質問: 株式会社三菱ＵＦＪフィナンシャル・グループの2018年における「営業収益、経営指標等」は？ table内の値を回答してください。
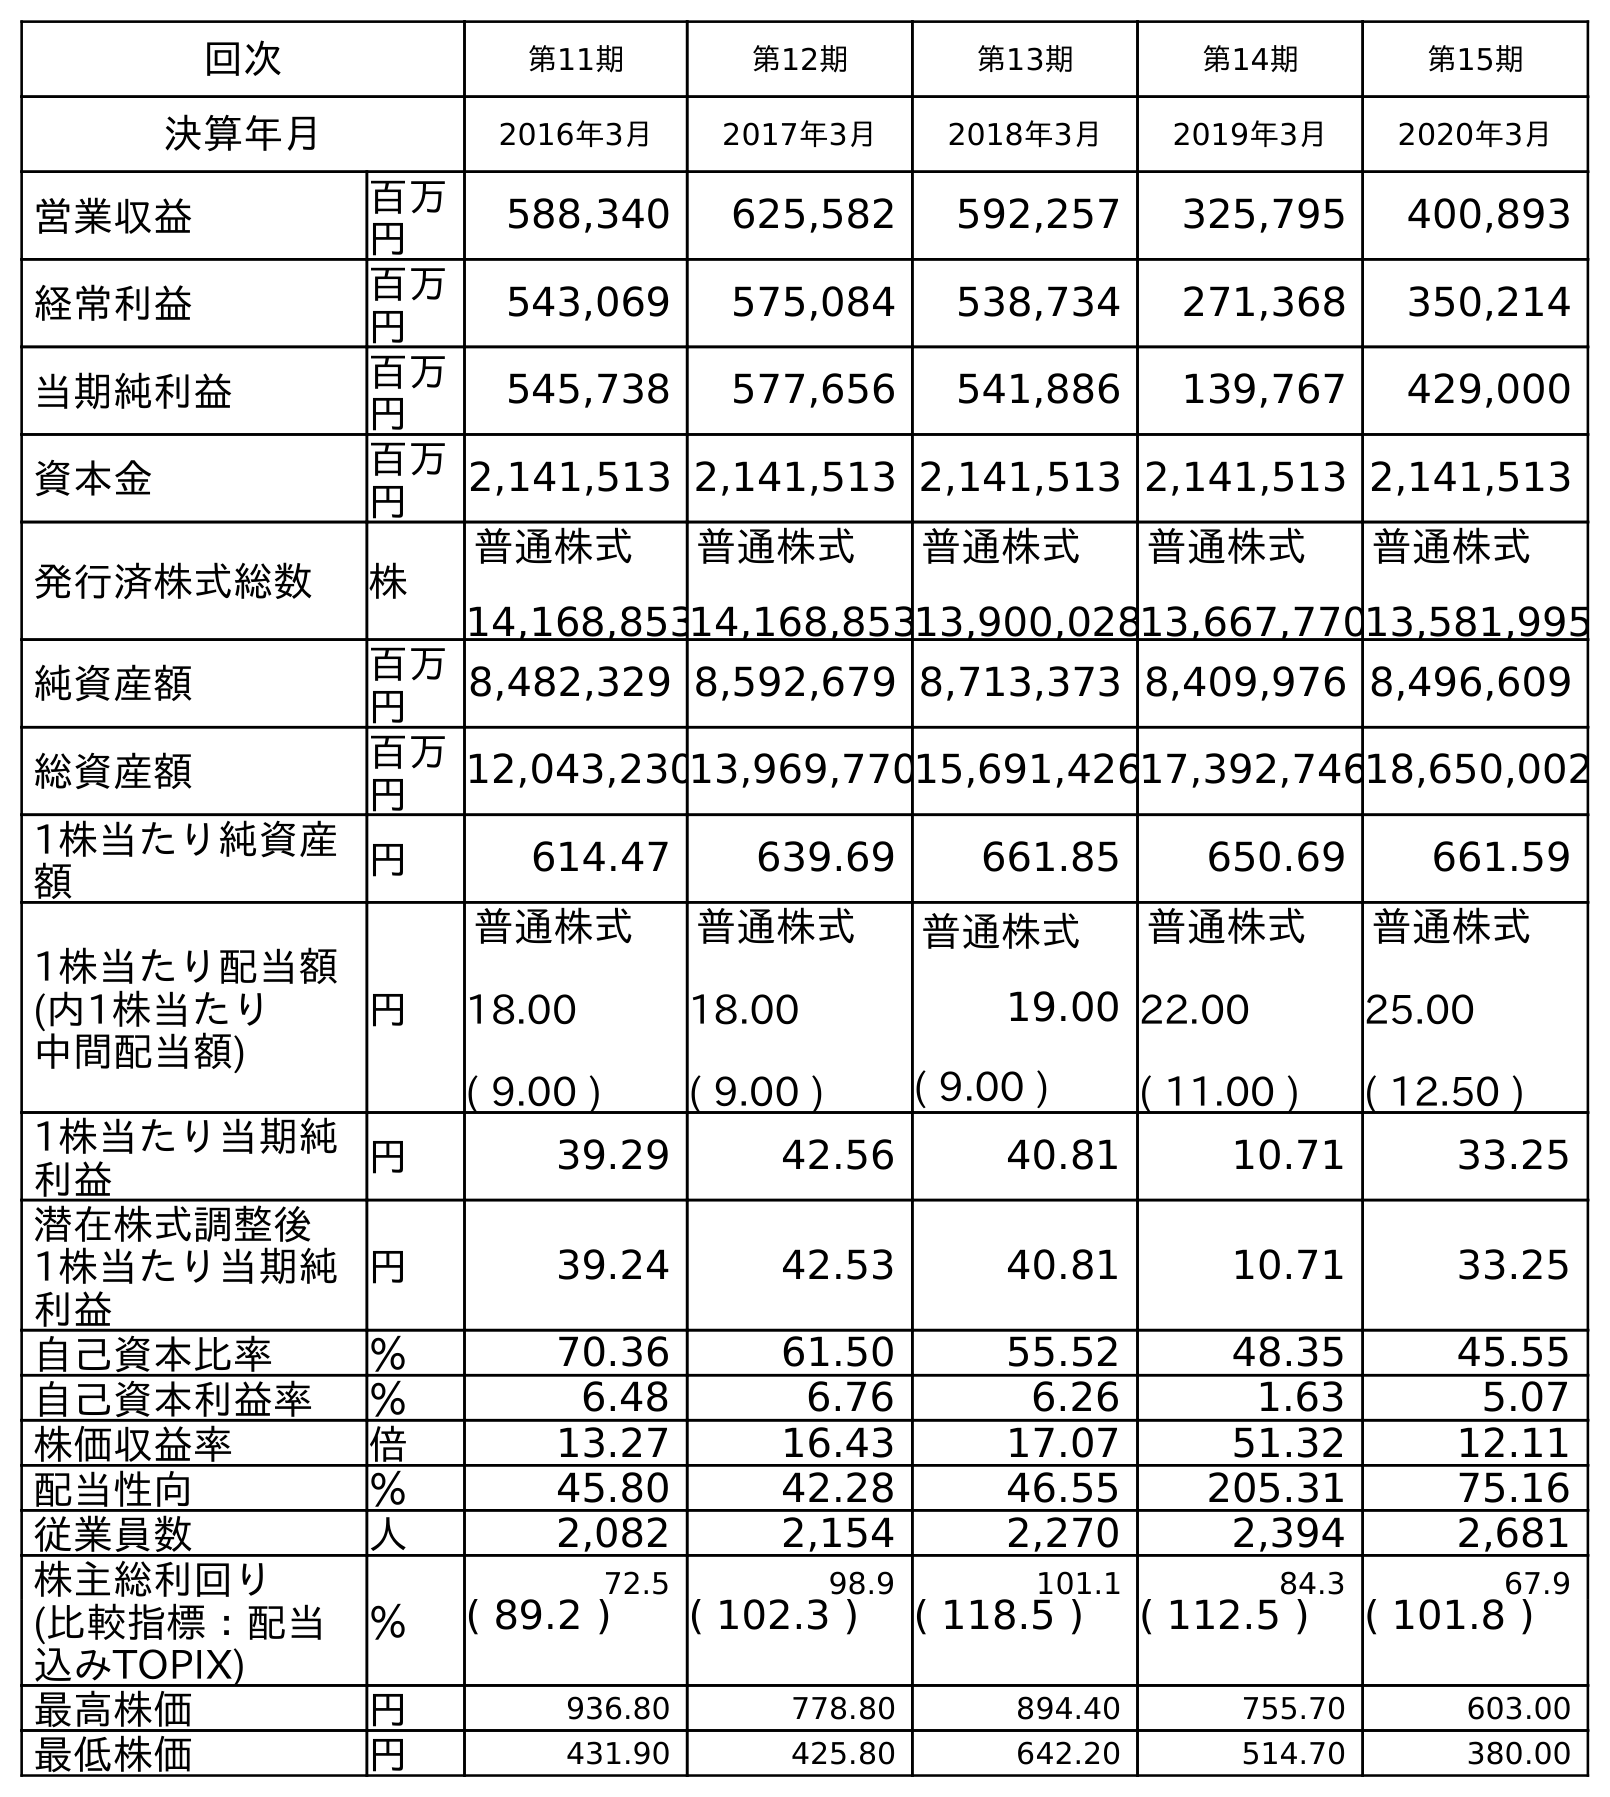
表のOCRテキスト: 回次 第11期 第12期 第13期 第14期 第15期 決算年月 2016年3月 2017年3月 2018年3月 2019年3月 2020年3月 営業収益 百万 円 588,340 625,582 592,257 325,795 400,893 経常利益 百万 円 543,069 575,084 538,734 271,368 350,214 当期純利益 百万 円 545,738 577,656 541,886 139,767 429,000 資本金 百万 円 2,141,513 2,141,513 2,141,513 2,141,513 2,141,513 発行済株式総数 株 普通株式 14,168,853 普通株式 14,168,853 普通株式 13,900,028 普通株式 13,667,770 普通株式 13,581,995 純資産額 百万 円 8,482,329 8,592,679 8,713,373 8,409,976 8,496,609 総資産額 百万 円 12,043,23013,969,77015,691,42617,392,74618,650,002 1株当たり純資産 額 円 614.47 639.69 661.85 650.69 661.59 1株当たり配当額 (内1株当たり 中間配当額) 円 普通株式 18.00 ( 9.00 ) 普通株式 18.00 ( 9.00 ) 普通株式 19.00 ( 9.00 ) 普通株式 22.00 ( 11.00 ) 普通株式 25.00 ( 12.50 ) 1株当たり当期純 利益 円 39.29 42.56 40.81 10.71 33.25 潜在株式調整後 1株当たり当期純 利益 円 39.24 42.53 40.81 10.71 33.25 自己資本比率 ％ 70.36 61.50 55.52 48.35 45.55 自己資本利益率 ％ 6.48 6.76 6.26 1.63 5.07 株価収益率 倍 13.27 16.43 17.07 51.32 12.11 配当性向 ％ 45.80 42.28 46.55 205.31 75.16 従業員数 人 2,082 2,154 2,270 2,394 2,681 株主総利回り ％ 72.5 98.9 101.1 84.3 67.9 (比較指標：配当 込みTOPIX) ( 89.2 ) ( 102.3 ) ( 118.5 ) ( 112.5 ) ( 101.8 ) 最高株価 円 936.80 778.80 894.40 755.70 603.00 最低株価 円 431.90 425.80 642.20 514.70 380.00
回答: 592,257